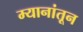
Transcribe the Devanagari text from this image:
म्यानांतून